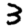
Digit: 3